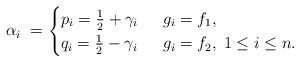
LaTeX: \begin{align*}\alpha_i\;=\begin{cases}p_i=\frac{1}{2}+\gamma_i& \;g_i=f_1, \\ q_i=\frac{1}{2}-\gamma_i\; & \;g_i=f_2,\;1\leq i\leq n. \end{cases}\end{align*}